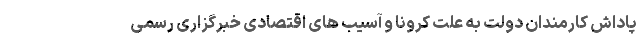
پاداش کارمندان دولت به علت کرونا و آسیب های اقتصادی خبرگزاری رسمی